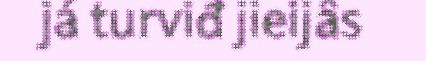
já turviđ jieijâs